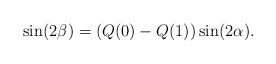
LaTeX: \begin{align*}\sin(2\beta)=(Q(0)-Q(1))\sin(2\alpha).\end{align*}